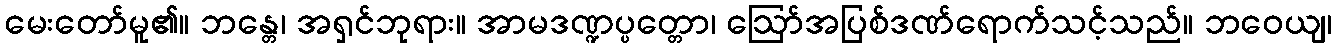
မေးတော်မူ၏။ ဘန္တေ၊ အရှင်ဘုရား။ အာမဒဏ္ဍပ္ပတ္တော၊ ဩော်အပြစ်ဒဏ်ရောက်သင့်သည်။ ဘဝေယျ၊